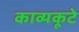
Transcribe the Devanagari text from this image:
काव्यकूटे